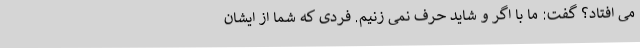
می افتاد؟ گفت: ما با اگر و شاید حرف نمی زنیم. فردی که شما از ایشان